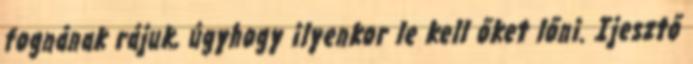
fognának rájuk, úgyhogy ilyenkor le kell őket lőni. Ijesztő